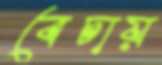
বেচায়